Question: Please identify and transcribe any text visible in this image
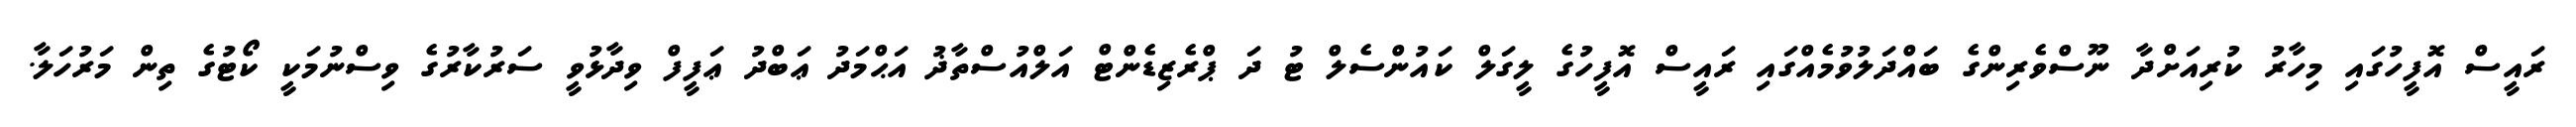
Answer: ރައީސް އޮފީހުގައި މިހާރު ކުރިއަށްދާ ނޫސްވެރިންގެ ބައްދަލުވުމެއްގައި ރައީސް އޮފީހުގެ ލީގަލް ކައުންސެލް ޓު ދަ ޕްރެޒިޑެންޓް އަލްއުސްތާޛު އަޙްމަދު ޢަބްދު ޢަފީފް ވިދާޅުވީ ސަރުކާރުގެ ވިސްނުމަކީ ކޯޓުގެ ތިން މަރުހަލާ.